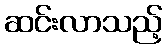
ဆင်းလာသည့်